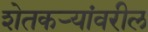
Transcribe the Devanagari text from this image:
शेतकर्‍यांवरील